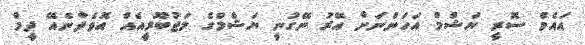
އައެމް ސޮރީ ޔަޝްމް އަހަންނަށް އޭރު ނޭގުނީ ޔަޝްމްގެ މަޖުބޫރީއެއް އޮވެދާނެއޭ ދީމް